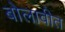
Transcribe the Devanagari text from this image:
बोलावीत